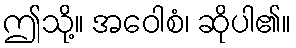
ဤသို့။ အဝေါစံ၊ ဆိုပါ၏။